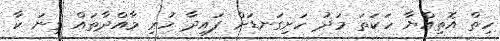
ހިތް އޮތިއްޔާ ހަކަތަ މަދު ހަށިގަނޑަށް ފައިދާ ހުރި މާއްދާތައް ގިނަ ކާ